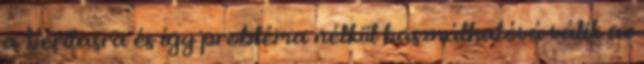
a Veritasra és így probléma nélkül használhatóvá válik az